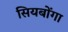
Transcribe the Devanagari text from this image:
सियबोंगा